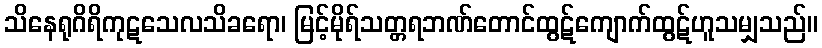
သိနေရုဂိရိကုဋသေလသိခရော၊ မြင့်မိုရ်သတ္တရဘဏ်တောင်ထွဋ်ကျောက်ထွဋ်ဟူသမျှသည်။